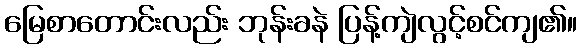
မြေစာတောင်းလည်း ဘုန်းခနဲ ပြန့်ကျဲလွင့်စင်ကျ၏။